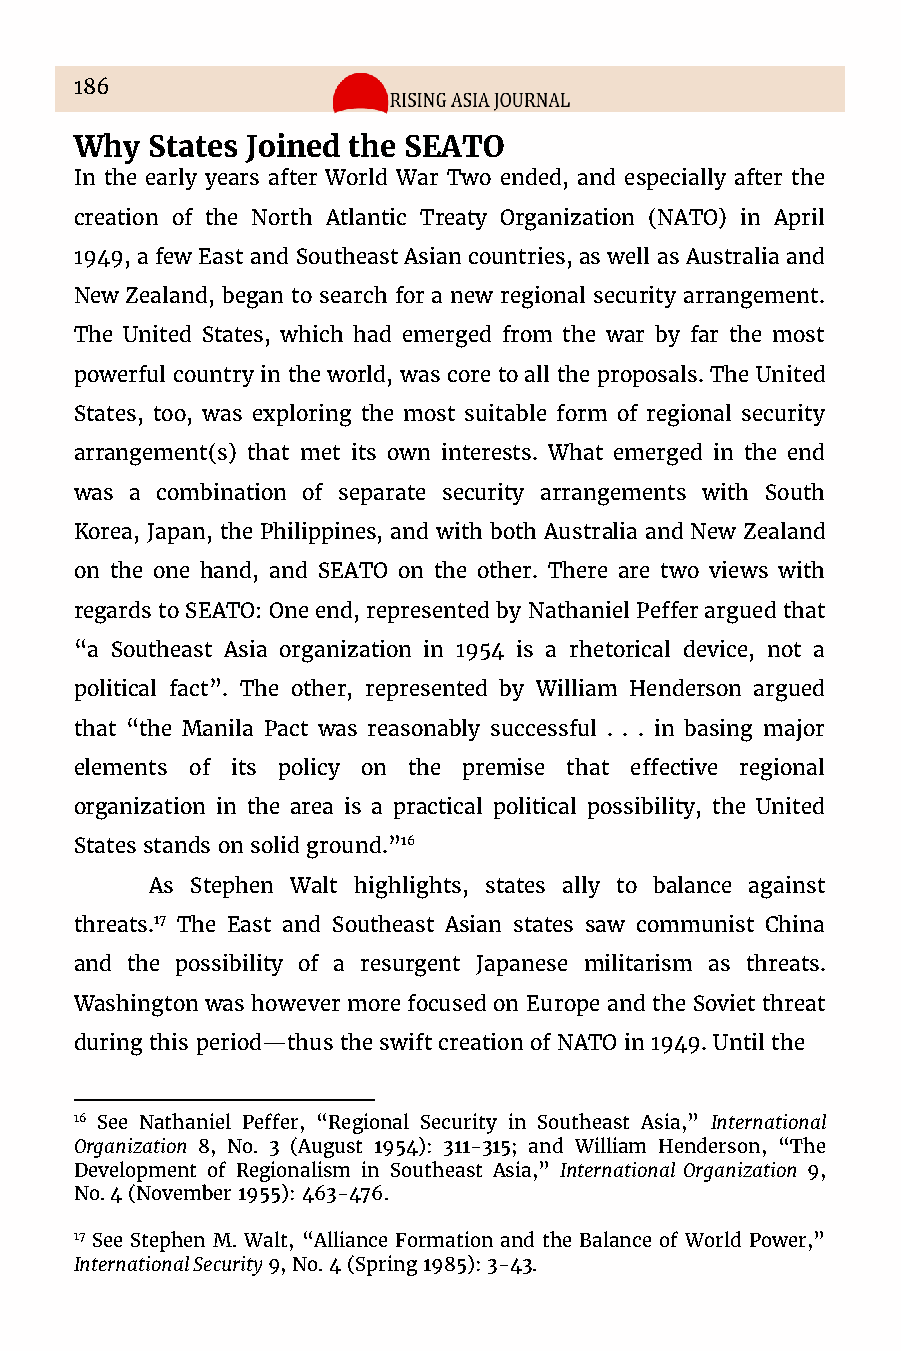
186
 Why  States Joined the SEATO
 In the early years after World War Two ended, and especially after the
 creation of the North Atlantic Treaty Organization (NATO) in April
 1949, a few East and Southeast Asian countries, as well as Australia and
 New Zealand, began to search for a new regional security arrangement.
 The United States, which had emerged from the war by far the most
 powerful country in the world, was core to all the proposals. The United
 States, too, was exploring the most suitable form of regional security
 arrangement(s) that met its own interests. What emerged in the end
 was a combination of separate security arrangements with South
 Korea, Japan, the Philippines, and with both Australia and New Zealand
 on the one hand, and SEATO on the other. There are two views with
 regards to SEATO: One end, represented by Nathaniel Peffer argued that
 “a Southeast Asia organization in 1954 is a rhetorical device, not a
 political fact”. The other, represented by William Henderson argued
 that “the Manila Pact was reasonably successful . . . in basing major
 elements of its policy on the premise that effective regional
 organization in the area is a practical political possibility, the United
 States stands on solid ground.”16
 As Stephen Walt highlights, states ally to balance against
 threats.17 The East and Southeast Asian states saw communist China
 and the possibility of a resurgent Japanese militarism as threats.
 Washington was however more focused on Europe and the Soviet threat
 during this period—thus the swift creation of NATO in 1949. Until the
 16 See Nathaniel Peffer, “Regional Security in Southeast Asia,” International
 Organization 8, No. 3 (August 1954): 311-315; and William Henderson, “The
 Development of Regionalism in Southeast Asia,” International Organization 9,
 No. 4 (November 1955): 463-476.
 17 See Stephen M. Walt, “Alliance Formation and the Balance of World Power,”
 International Security 9, No. 4 (Spring 1985): 3-43.